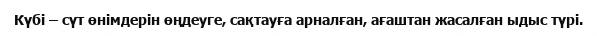
Күбі – сүт өнімдерін өңдеуге, сақтауға арналған, ағаштан жасалған ыдыс түрі.